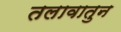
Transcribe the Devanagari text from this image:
तलावातुन